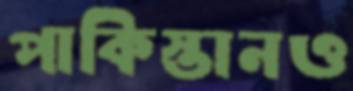
পাকিস্তানও